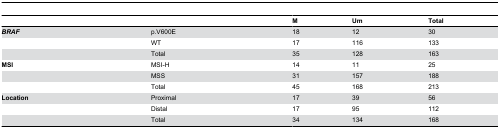
<table><thead><tr><td></td><td></td><td><b>M</b></td><td><b>Um</b></td><td><b>Total</b></td></tr></thead><tbody><tr><td><b><i>BRAF</i></b></td><td>p.V600E</td><td>18</td><td>12</td><td>30</td></tr><tr><td></td><td>WT</td><td>17</td><td>116</td><td>133</td></tr><tr><td></td><td>Total</td><td>35</td><td>128</td><td>163</td></tr><tr><td><b>MSI</b></td><td>MSI-H</td><td>14</td><td>11</td><td>25</td></tr><tr><td></td><td>MSS</td><td>31</td><td>157</td><td>188</td></tr><tr><td></td><td>Total</td><td>45</td><td>168</td><td>213</td></tr><tr><td><b>Location</b></td><td>Proximal</td><td>17</td><td>39</td><td>56</td></tr><tr><td></td><td>Distal</td><td>17</td><td>95</td><td>112</td></tr><tr><td></td><td>Total</td><td>34</td><td>134</td><td>168</td></tr></tbody></table>